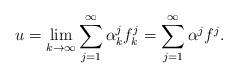
LaTeX: \begin{align*}u=\lim_{k\to\infty}\sum_{j=1}^\infty \alpha^j_k f^j_k =\sum_{j=1}^\infty \alpha^j f^j.\end{align*}